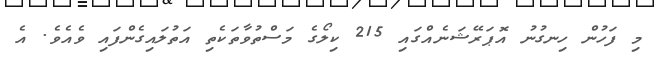
މި ފަހުން ހިނގުނު އޮޕަރޭޝަނެއްގައި 215 ކިލޯގެ މަސްތުވާތަކެތި އަތުލައިގެންފައި ވެއެވެ. އެ